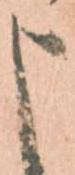
申